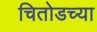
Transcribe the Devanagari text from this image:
चितोडच्या